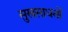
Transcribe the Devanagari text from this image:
सुखसाधनों